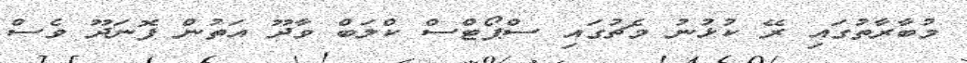
މުބާރާތުގައި ރޭ ކުޅުނު މެޗުގައި ސްޕޯޓްސް ކްލަބް ވާދޫ އަތުން ފޮނަދޫ ވެސް